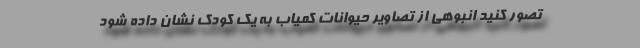
تصور کنید انبوهی از تصاویر حیوانات کمیاب به یک کودک نشان داده شود